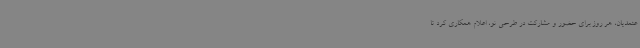
عتمدیان، هر روز برای حضور و مشارکت در طرحی نو، اعلام همکاری کرد تا